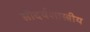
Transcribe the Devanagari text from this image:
सौदर्यशास्त्रीय